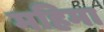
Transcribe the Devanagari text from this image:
महिमा